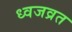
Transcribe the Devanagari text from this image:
ध्वजव्रत